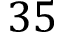
3 5